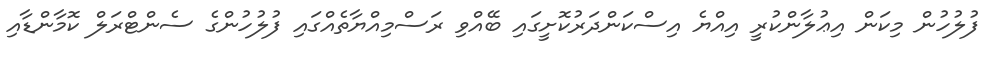
ފުލުހުން މިކަން އިޢުލާންކުރީ އިއްޔެ އިސްކަންދަރުކޮށީގައި ބޭއްވި ރަސްމިއްޔާތެއްގައި ފުލުހުންގެ ސެންޓްރަލް ކޮމާންޑާއި